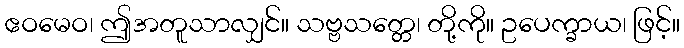
ဧဝမေဝ၊ ဤအတူသာလျှင်။ သဗ္ဗသတ္တေ၊ တို့ကို။ ဥပေက္ခာယ၊ ဖြင့်။